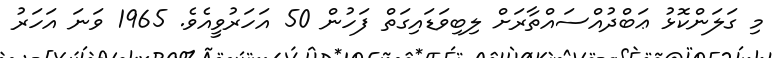
މި ގަލަންކޮޅު ޢަބްދުއްސައްތާރަށް ލިބިވަޑައިގަތް ފަހުން 50 އަހަރުވީއެވެ. 1965 ވަނަ އަހަރު